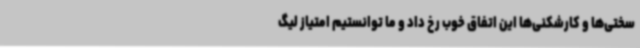
سختی‌ها و کارشکنی‌ها این اتفاق خوب رخ داد و ما توانستیم امتیاز لیگ